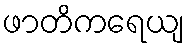
ဖာတိကရေယျ